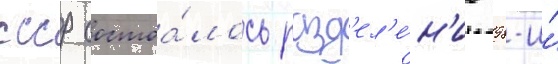
ссср состоа́лось разд'ел'е́н'ие 98-и́